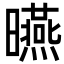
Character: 曣